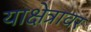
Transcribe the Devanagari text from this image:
याक्षेत्रावर